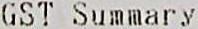
GST SUMMARY